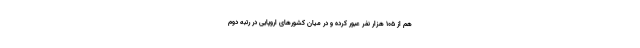
هم از ۱۰۵ هزار نفر عبور کرده و در میان کشورهای اروپایی در رتبه دوم